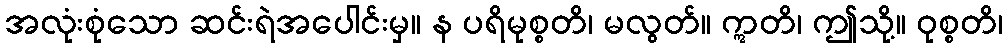
အလုံးစုံသော ဆင်းရဲအပေါင်းမှ။ န ပရိမုစ္စတိ၊ မလွတ်။ ဣတိ၊ ဤသို့။ ဝုစ္စတိ၊